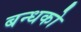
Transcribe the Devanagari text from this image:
बन्धको